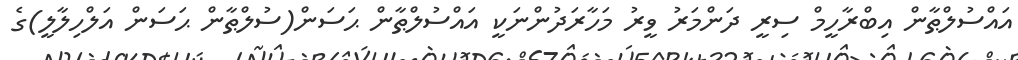
އައްސުލްޠާން އިބްރާހީމް ސިރީ ދަންމަރު ވީރު މަހާރަދުންނަކީ އައްސުލްޠާން ޙަސަން(ސުލްޠާން ޙަސަން އަލްހިލާލީ)ގެ